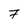
Character: 7